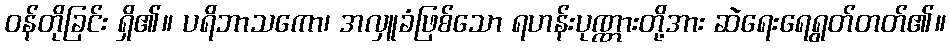
ဝန်တိုခြင်း ရှိ၏။ ပရိဘာသကော၊ အလှူခံဖြစ်သော ရဟန်းပုဏ္ဏားတို့အား ဆဲရေးရေရွတ်တတ်၏။